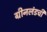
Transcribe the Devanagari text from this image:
ग्रीनलंडची